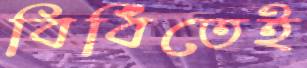
বিধিতেই